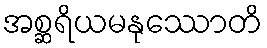
အစ္ဆရိယမနုဿောတိ